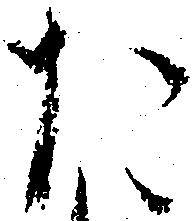
た